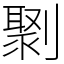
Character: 㔌